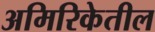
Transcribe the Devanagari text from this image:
अमिरिकेतील